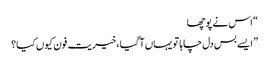
“ اس نے پوچھا
” ایسے بس دل چاہا تو یہاں آگیا ،خیریت فون کیوں کیا؟